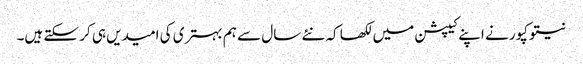
نیتو کپور نے اپنے کیپشن میں لکھا کہ نئے سال سے ہم بہتری کی امیدیں ہی کر سکتے ہیں۔